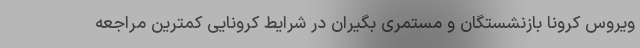
ویروس کرونا بازنشستگان و مستمری بگیران در شرایط کرونایی کمترین مراجعه